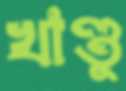
খাণ্ডু